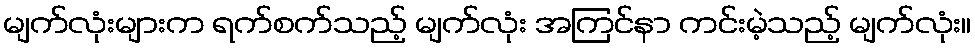
မျက်လုံးများက ရက်စက်သည့် မျက်လုံး အကြင်နာ ကင်းမဲ့သည့် မျက်လုံး။